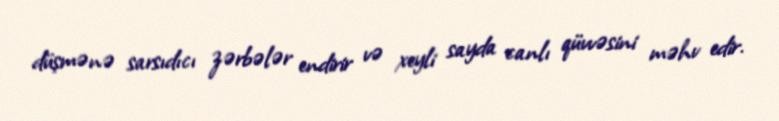
düşmənə sarsıdıcı zərbələr endirir və xeyli sayda canlı qüvvəsini məhv edir.